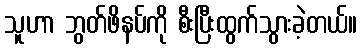
သူဟာ ဘွတ်ဖိနပ်ကို စီးပြီးထွက်သွားခဲ့တယ်။